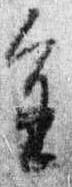
進